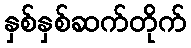
နှစ်နှစ်ဆက်တိုက်